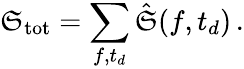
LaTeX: \mathfrak{S}_{\mathrm{{tot}}}=\sum_{f,t_{d}}\hat{{\mathfrak{S}}}(f,t_{d})\, .